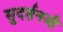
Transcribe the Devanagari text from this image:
सुदर्शनजी